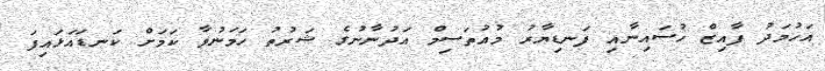
އަހުމަދު ފާއިޒް ހުސައިނާއި ފަނޑިޔާރު މުއުތަސިމް އަދުނާނުގެ ޝަރުތު ހަމަނުވާ ކަމަށް ކަނޑައަޅައިފަ